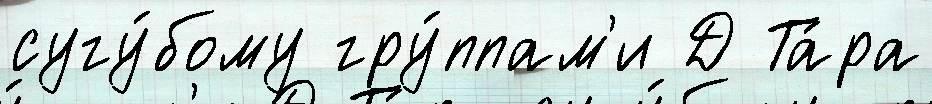
сугу́бому гру́ппам'и Д Та́ра